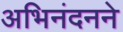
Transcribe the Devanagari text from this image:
अभिनंदनने